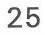
25